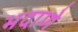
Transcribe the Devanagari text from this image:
भदाणे